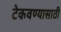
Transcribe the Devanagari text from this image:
टेकवण्यासाठी